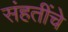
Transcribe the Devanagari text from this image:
संहतींचे